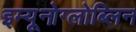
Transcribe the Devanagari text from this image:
इम्यूनोग्लोब्लिन